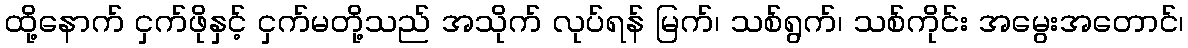
ထို့နောက် ငှက်ဖိုနှင့် ငှက်မတို့သည် အသိုက် လုပ်ရန် မြက်၊ သစ်ရွက်၊ သစ်ကိုင်း အမွေးအတောင်၊